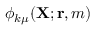
\phi _ { k \mu } ( { \mathbf { X } } ; { \mathbf { r } } , m )